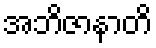
အဘိဇာနာတိ